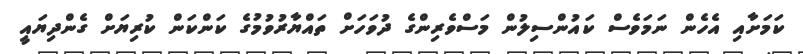
ކަމަށާއި އެހެން ނަމަވެސް ކައުންސިލުން މަސްވެރިންގެ ދުވަހަށް ތައްޔާރުވުމުގެ ކަންކަން ކުރިޔަށް ގެންދިޔައީ